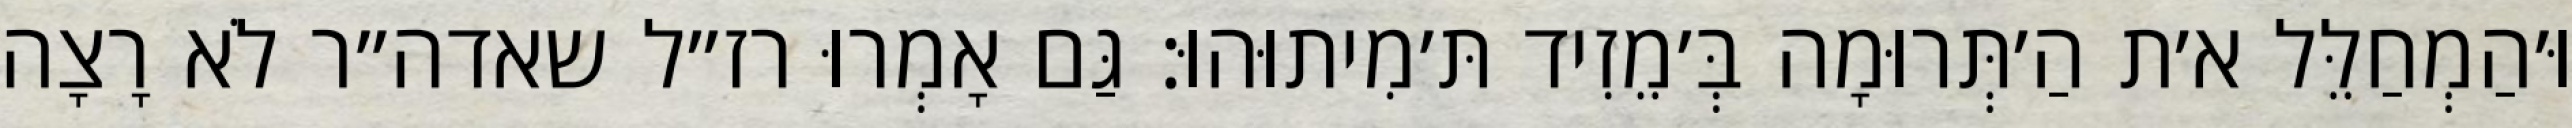
וּ׳הַמְחַלֵּל א׳ת הַ׳תְּרוּמָה בְּ׳מֵזִיד תּ׳מִיתוּהוּ: גַּם אָמְרוּ רז״ל שאדה״ר לֹא רָצָה